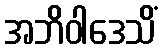
အဘိဝါဒေသိံ